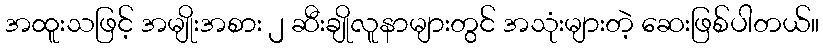
အထူးသဖြင့် အမျိုးအစား ၂ ဆီးချိုလူနာများတွင် အသုံးများတဲ့ ဆေးဖြစ်ပါတယ်။